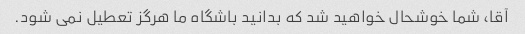
آقا، شما خوشحال خواهید شد که بدانید باشگاه ما هرگز تعطیل نمی شود.